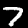
Label: 7